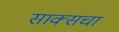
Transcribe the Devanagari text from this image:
साक्सचा